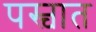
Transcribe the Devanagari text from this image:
पस्चात